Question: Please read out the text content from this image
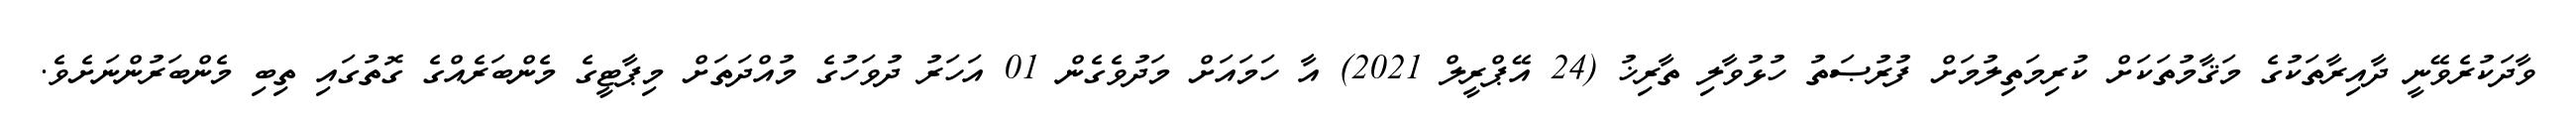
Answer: ވާދަކުރެވޭނީ ދާއިރާތަކުގެ މަޤާމުތަކަށް ކުރިމަތިލުމަށް ފުރުޞަތު ހުޅުވާލި ތާރިޚު (24 އޭޕްރީލް 2021) އާ ހަމައަށް މަދުވެގެން 01 އަހަރު ދުވަހުގެ މުއްދަތަށް މިޕާޓީގެ މެންބަރެއްގެ ގޮތުގައި ތިބި މެންބަރުންނަށެވެ.